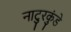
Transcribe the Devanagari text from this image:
नाटुरकुंडे